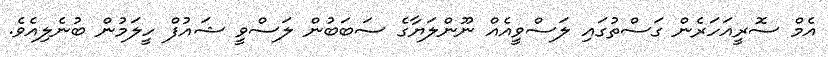
އެމް ސޮރީއަހަރެން ގަސްތުގައި ލަސްވީއެއް ނޫންލަޔާގެ ސަބަބުން ލަސްވީ ޝައުފް ހީލަމުން ބުނެލިއެވެ.